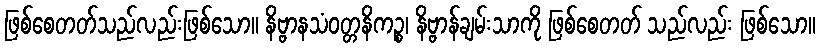
ဖြစ်စေတတ်သည်လည်းဖြစ်သော။ နိဗ္ဗာနသံဝတ္တနိကဉ္စ၊ နိဗ္ဗာန်ချမ်းသာကို ဖြစ်စေတတ် သည်လည်း ဖြစ်သော။